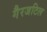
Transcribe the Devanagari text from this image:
गैरजटिल